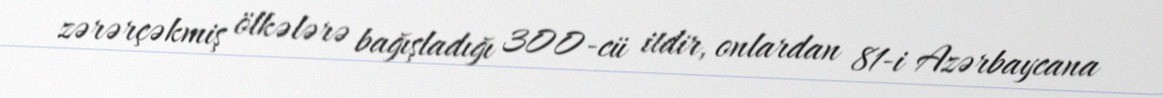
zərərçəkmiş ölkələrə bağışladığı 300-cü itdir, onlardan 81-i Azərbaycana